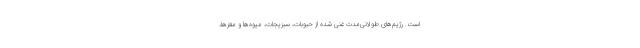
است. رژیم‌های طولانی‌مدت غنی شده از حبوبات، سبزیجات، میوه‌ها و مغزها،